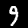
Label: 9